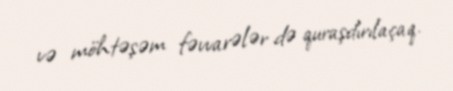
və möhtəşəm fəvvarələr də quraşdırılaçaq.